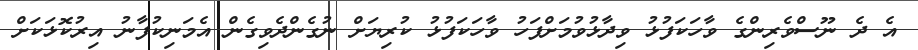
އެ ދެ ނޫސްވެރިންގެ ވާހަކަފުޅު ވިދާޅުވުމަށްފަހު ވާހަކަފުޅު ކުރިޔަށް ނުގެންދެވިގެން އެމަނިކުފާނު އިރުކޮޅަކަށް